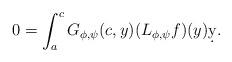
LaTeX: \begin{align*} 0=\int_a^c G_{\phi,\psi}(c,y)(L_{\phi,\psi} f)(y) \d y.\end{align*}